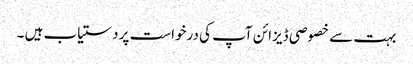
بہت سے خصوصی ڈیزائن آپ کی درخواست پر دستیاب ہیں ۔